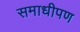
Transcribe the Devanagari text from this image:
समाधीपण